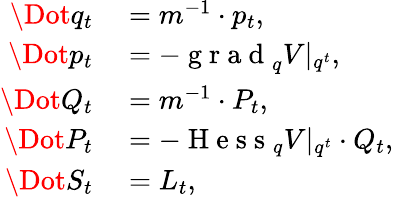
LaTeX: \begin{array}{rl}{\Dot{q}_{t}}&{{}=m^{-1}\cdot p_{t},}\\ {\Dot{p}_{t}}&{{}=-\mathrm{~g~r~a~d~}_{q}V|_{q^{t}},}\\ {\Dot{Q}_{t}}&{{}=m^{-1}\cdot P_{t},}\\ {\Dot{P}_{t}}&{{}=-\mathrm{~H~e~s~s~}_{q}V|_{q^{t}}\cdot Q_{t},}\\ {\Dot{S}_{t}}&{{}=L_{t},}\end{array}